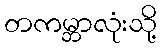
တကမ္ဘာလုံးသို့